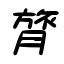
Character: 膂